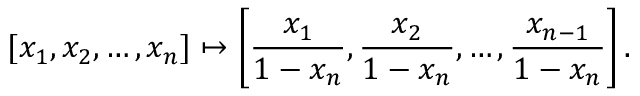
[ x _ { 1 } , x _ { 2 } , \ldots , x _ { n } ] \mapsto \left[ { \frac { x _ { 1 } } { 1 - x _ { n } } } , { \frac { x _ { 2 } } { 1 - x _ { n } } } , \ldots , { \frac { x _ { n - 1 } } { 1 - x _ { n } } } \right] .